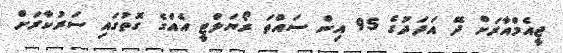
ޖީއެމްއާރަށް ދޭ އަދަދުގެ 95 އިން ސައްތަ ރޯޔަލްޓީ އެއްގެ ގޮތުގައި ސަރުކާރަށް